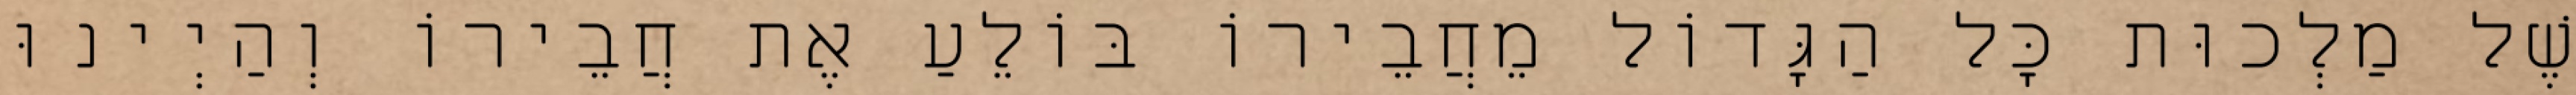
שֶׁל מַלְכוּת כָּל הַגָּדוֹל מֵחֲבֵירוֹ בּוֹלֵעַ אֶת חֲבֵירוֹ וְהַיְינוּ